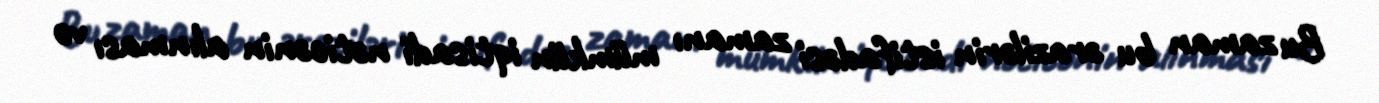
Bu zaman bu ərazilərin istifadəsi zamanı mümkün iqtisadi nəticənin alınması və